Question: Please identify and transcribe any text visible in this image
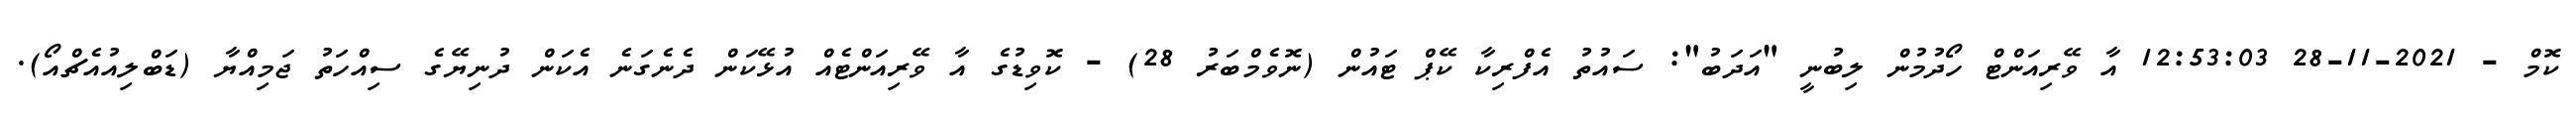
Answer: ކޮމް - 2021-11-28 12:53:03 އާ ވޭރިއަންޓް ހޯދުމުން ލިބުނީ "އަދަބު": ސައުތު އެފްރިކާ ކޭޕް ޓައުން (ނޮވެމްބަރު 28) - ކޮވިޑުގެ އާ ވޭރިއަންޓެއް އުޅޭކަން ދެނެގަނެ އެކަން ދުނިޔޭގެ ސިއްހަތު ޖަމިއްޔާ (ޑަބްލިއުއެޗްއޯ).